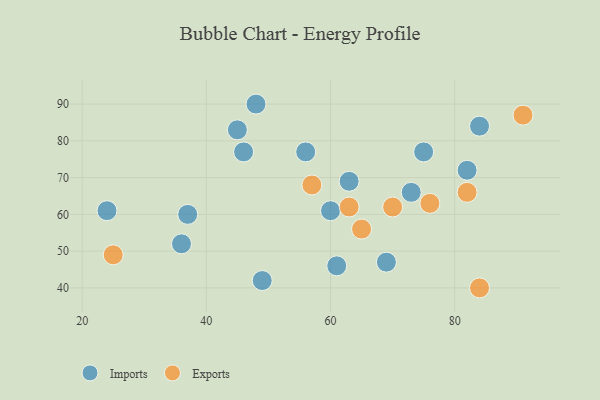
{"axis": {"x": "GDP", "y": "Life Expectancy"}, "legend": ["Exports", "Imports"], "data": [{"x": "60", "y": 61, "type": "Imports"}, {"x": "69", "y": 47, "type": "Imports"}, {"x": "49", "y": 42, "type": "Imports"}, {"x": "45", "y": 83, "type": "Imports"}, {"x": "48", "y": 90, "type": "Imports"}, {"x": "63", "y": 69, "type": "Imports"}, {"x": "36", "y": 52, "type": "Imports"}, {"x": "82", "y": 72, "type": "Imports"}, {"x": "84", "y": 84, "type": "Imports"}, {"x": "75", "y": 77, "type": "Imports"}, {"x": "37", "y": 60, "type": "Imports"}, {"x": "46", "y": 77, "type": "Imports"}, {"x": "24", "y": 61, "type": "Imports"}, {"x": "73", "y": 66, "type": "Imports"}, {"x": "61", "y": 46, "type": "Imports"}, {"x": "56", "y": 77, "type": "Imports"}, {"x": "57", "y": 68, "type": "Exports"}, {"x": "91", "y": 87, "type": "Exports"}, {"x": "76", "y": 63, "type": "Exports"}, {"x": "65", "y": 56, "type": "Exports"}, {"x": "70", "y": 62, "type": "Exports"}, {"x": "25", "y": 49, "type": "Exports"}, {"x": "82", "y": 66, "type": "Exports"}, {"x": "84", "y": 40, "type": "Exports"}, {"x": "63", "y": 62, "type": "Exports"}]}